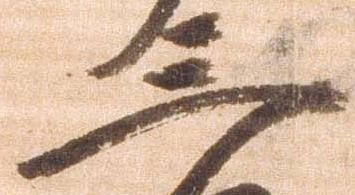
三